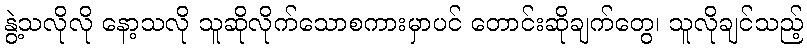
နွဲ့သလိုလို နော့သလို သူဆိုလိုက်သောစကားမှာပင် တောင်းဆိုချက်တွေ၊ သူလိုချင်သည့်